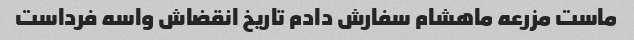
ماست مزرعه ماهشام سفارش دادم تاریخ انقضاش واسه فرداست